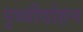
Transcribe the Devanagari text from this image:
पृथ्वीदोहन